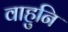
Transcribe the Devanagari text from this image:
वाहुनि